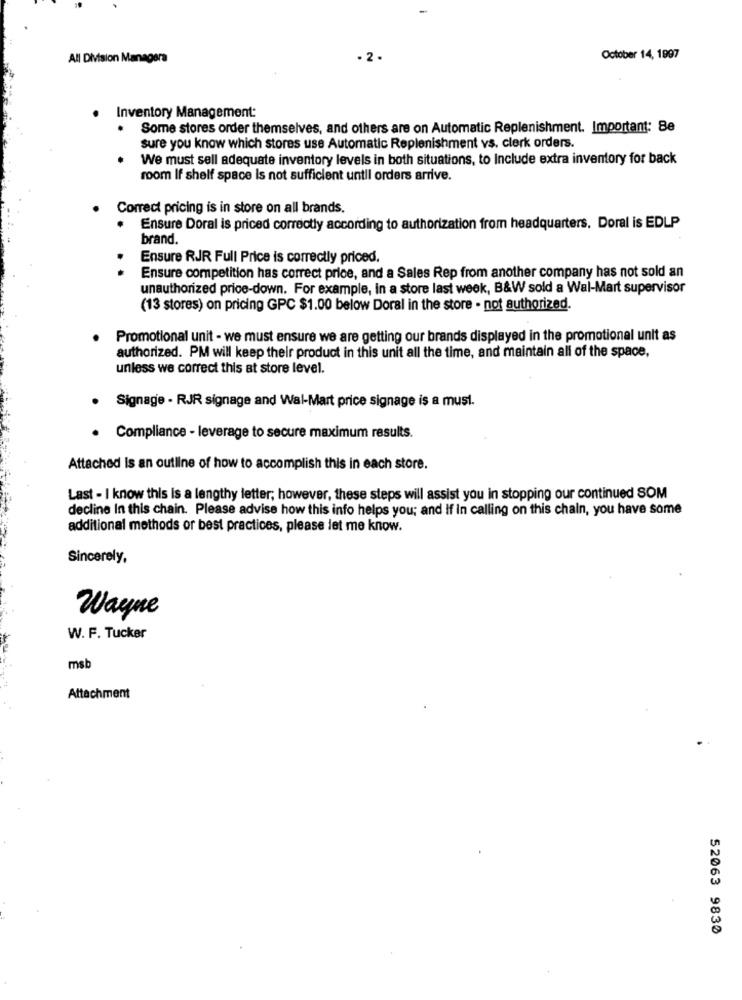
All Division Managera
October 14, 1997
Inventory Management:
. Some stores order themselves, and others are on Automatic Replenishment. Important: Be
sure you know which stores use Automatic Replenishment vs. clerk orders.
We must sell adequate inventory levels in both situations, to Include extra inventory for back
room If shelf space Is not sufficient until orders arrive.
Correct pricing is in store on all brands.
Ensure Doral is priced correctly according to authorization from headquarters. Doral is EDLP
brand.
Ensure RJR Full Price is correctly priced.
Ensure competition has correct price, and a Sales Rep from another company has not sold an
unauthorized price-down. For example, in a store last week, B&W sold a Wal-Mart supervisor
(13 stores) on pricing GPC $1.00 below Doral in the store - not authorized.
Promotional unit - we must ensure we are getting our brands displayed in the promotional unit as
authorized. PM will keep their product in this unit all the time, and maintain all of the space,
unless we correct this at store level.
Signage - RJR signage and Wal-Mart price signage is a must.
· Compliance - leverage to secure maximum results.
Attached is an outline of how to accomplish this in each store.
Last - I know this is a lengthy letter; however, these steps will assist you in stopping our continued SOM
decline In this chain. Please advise how this info helps you; and If In calling on this chain, you have some
additional methods or best practices, please let me know.
Sincerely,
Wayne
W. F. Tucker
msb
Attachment
52063 9830